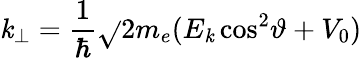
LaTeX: \mathit{k}_{\perp}={\frac{{1}}{{\hbar}}}{\sqrt{}{{2m_{e}(E_{\mathit{k}}\cos^{2}\! \vartheta+V_{0})}}}